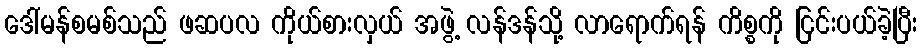
ဒေါ်မန်စမစ်သည် ဖဆပလ ကိုယ်စားလှယ် အဖွဲ့ လန်ဒန်သို့ လာရောက်ရန် ကိစ္စကို ငြင်းပယ်ခဲ့ပြီး